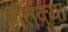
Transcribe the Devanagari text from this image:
प्रतिक्र्या